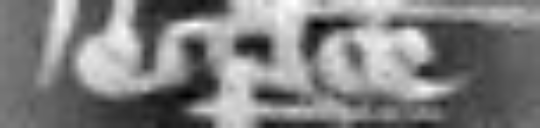
ecclesie